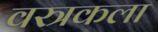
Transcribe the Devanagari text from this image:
वस्त्रकला